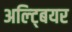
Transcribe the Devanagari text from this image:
अल्ट्बियर